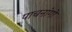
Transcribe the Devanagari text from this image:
पाचनांगो